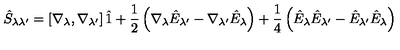
\hat { S } _ { \lambda \lambda ^ { \prime } } = \left[ \nabla _ { \lambda } , \nabla _ { \lambda ^ { \prime } } \right] \hat { 1 } + \frac { 1 } { 2 } \left( \nabla _ { \lambda } \hat { E } _ { \lambda ^ { \prime } } - \nabla _ { \lambda ^ { \prime } } \hat { E } _ { \lambda } \right) + \frac { 1 } { 4 } \left( \hat { E } _ { \lambda } \hat { E } _ { \lambda ^ { \prime } } - \hat { E } _ { \lambda ^ { \prime } } \hat { E } _ { \lambda } \right)